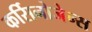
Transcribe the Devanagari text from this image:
कर्सिनोजेन्स